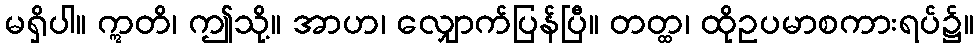
မရှိပါ။ ဣတိ၊ ဤသို့။ အာဟ၊ လျှောက်ပြန်ပြီ။ တတ္ထ၊ ထိုဥပမာစကားရပ်၌။